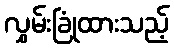
လွှမ်းခြုံထားသည့်